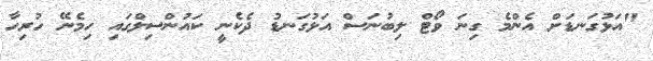
"އަޅުގަނޑަށް އެންމެ ގިނަ ވޯޓް ލިބުނަސް އަޅުގަނޑު ދެކެނީ ކައުންސިލްގައި ހިމެނޭ ހުރިހާ